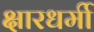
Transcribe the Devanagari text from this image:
क्षारधर्मी